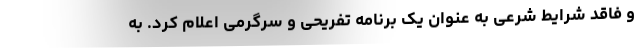
و فاقد شرایط شرعی به عنوان یک برنامه تفریحی و سرگرمی اعلام کرد. به